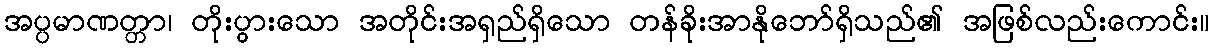
အပ္ပမာဏတ္တာ၊ တိုးပွားသော အတိုင်းအရှည်ရှိသော တန်ခိုးအာနိုဘော်ရှိသည်၏ အဖြစ်လည်းကောင်း။